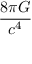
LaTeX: \frac { 8 \pi G } { c ^ { 4 } }